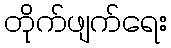
တိုက်ဖျက်ရေး